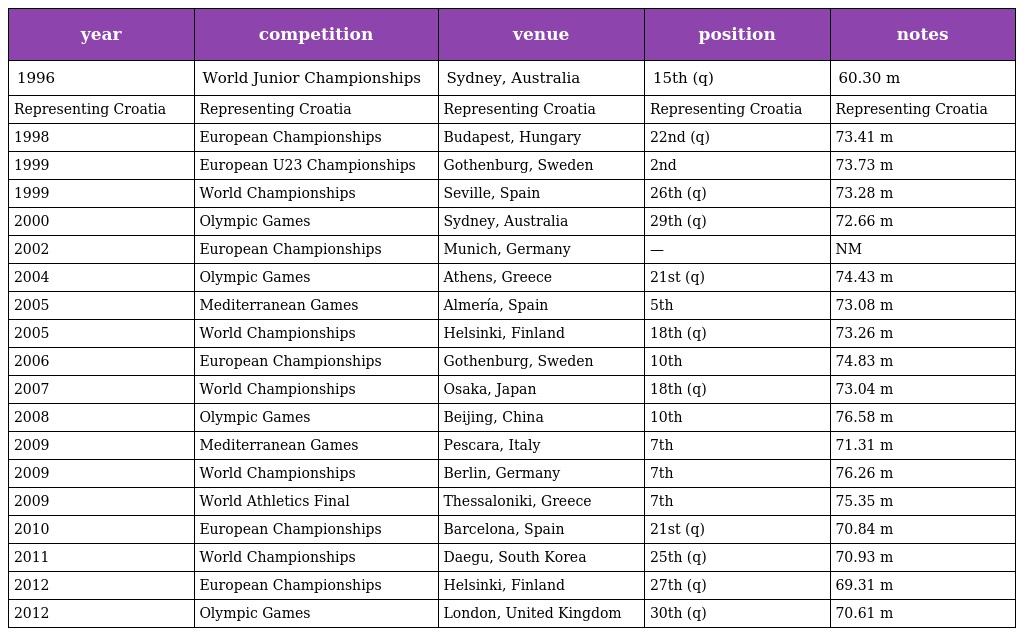
| year | competition | venue | position | notes |
 | --- | --- | --- | --- | --- |
 | 1996 | World Junior Championships | Sydney, Australia | 15th (q) | 60.30 m |
 | Representing Croatia | Representing Croatia | Representing Croatia | Representing Croatia | Representing Croatia |
 | 1998 | European Championships | Budapest, Hungary | 22nd (q) | 73.41 m |
 | 1999 | European U23 Championships | Gothenburg, Sweden | 2nd | 73.73 m |
 | 1999 | World Championships | Seville, Spain | 26th (q) | 73.28 m |
 | 2000 | Olympic Games | Sydney, Australia | 29th (q) | 72.66 m |
 | 2002 | European Championships | Munich, Germany | — | NM |
 | 2004 | Olympic Games | Athens, Greece | 21st (q) | 74.43 m |
 | 2005 | Mediterranean Games | Almería, Spain | 5th | 73.08 m |
 | 2005 | World Championships | Helsinki, Finland | 18th (q) | 73.26 m |
 | 2006 | European Championships | Gothenburg, Sweden | 10th | 74.83 m |
 | 2007 | World Championships | Osaka, Japan | 18th (q) | 73.04 m |
 | 2008 | Olympic Games | Beijing, China | 10th | 76.58 m |
 | 2009 | Mediterranean Games | Pescara, Italy | 7th | 71.31 m |
 | 2009 | World Championships | Berlin, Germany | 7th | 76.26 m |
 | 2009 | World Athletics Final | Thessaloniki, Greece | 7th | 75.35 m |
 | 2010 | European Championships | Barcelona, Spain | 21st (q) | 70.84 m |
 | 2011 | World Championships | Daegu, South Korea | 25th (q) | 70.93 m |
 | 2012 | European Championships | Helsinki, Finland | 27th (q) | 69.31 m |
 | 2012 | Olympic Games | London, United Kingdom | 30th (q) | 70.61 m |